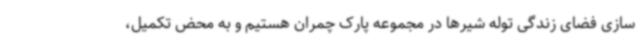
سازی فضای زندگی توله شیرها در مجموعه پارک چمران هستیم و به محض تکمیل،